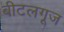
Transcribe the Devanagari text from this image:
बीटलगूज